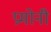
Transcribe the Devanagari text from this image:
प्रमोनी